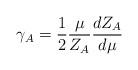
LaTeX: \begin{align*}\gamma_A = \frac{1}{2} \frac{\mu}{Z_A} \frac{dZ_A}{d\mu} \end{align*}